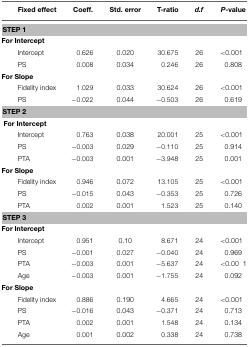
<table><thead><tr><td><b>Fixed effect</b></td><td><b>Coeff.</b></td><td><b>Std. error</b></td><td><b>T-ratio</b></td><td><b><i>d.f</i></b></td><td><b><i>P</i>-value</b></td></tr></thead><tbody><tr><td colspan="7"><b>STEP 1</b></td></tr><tr><td colspan="7"><b>For Intercept</b></td></tr><tr><td>Intercept</td><td>0.626</td><td>0.020</td><td>30.675</td><td>26</td><td>&lt;0.001</td></tr><tr><td>PS</td><td>0.008</td><td>0.034</td><td>0.246</td><td>26</td><td>0.808</td></tr><tr><td colspan="7"><b>For Slope</b></td></tr><tr><td>Fidelity index</td><td>1.029</td><td>0.033</td><td>30.624</td><td>26</td><td>&lt;0.001</td></tr><tr><td>PS</td><td>−0.022</td><td>0.044</td><td>−0.503</td><td>26</td><td>0.619</td></tr><tr><td colspan="7"><b>STEP 2</b></td></tr><tr><td colspan="7"><b>For Intercept</b></td></tr><tr><td>Intercept</td><td>0.763</td><td>0.038</td><td>20.001</td><td>25</td><td>&lt;0.001</td></tr><tr><td>PS</td><td>−0.003</td><td>0.029</td><td>−0.110</td><td>25</td><td>0.914</td></tr><tr><td>PTA</td><td>−0.003</td><td>0.001</td><td>−3.948</td><td>25</td><td>0.001</td></tr><tr><td colspan="7"><b>For Slope</b></td></tr><tr><td>Fidelity index</td><td>0.946</td><td>0.072</td><td>13.105</td><td>25</td><td>&lt;0.001</td></tr><tr><td>PS</td><td>−0.015</td><td>0.043</td><td>−0.353</td><td>25</td><td>0.726</td></tr><tr><td>PTA</td><td>0.002</td><td>0.001</td><td>1.523</td><td>25</td><td>0.140</td></tr><tr><td colspan="7"><b>STEP 3</b></td></tr><tr><td colspan="7"><b>For Intercept</b></td></tr><tr><td>Intercept</td><td>0.951</td><td>0.10</td><td>8.671</td><td>24</td><td>&lt;0.001</td></tr><tr><td>PS</td><td>−0.001</td><td>0.027</td><td>−0.040</td><td>24</td><td>0.969</td></tr><tr><td>PTA</td><td>−0.003</td><td>0.001</td><td>−5.637</td><td>24</td><td>&lt;0.001</td></tr><tr><td>Age</td><td>−0.003</td><td>0.001</td><td>−1.755</td><td>24</td><td>0.092</td></tr><tr><td colspan="7"><b>For Slope</b></td></tr><tr><td>Fidelity index</td><td>0.886</td><td>0.190</td><td>4.665</td><td>24</td><td>&lt;0.001</td></tr><tr><td>PS</td><td>−0.016</td><td>0.043</td><td>−0.371</td><td>24</td><td>0.713</td></tr><tr><td>PTA</td><td>0.002</td><td>0.001</td><td>1.548</td><td>24</td><td>0.134</td></tr><tr><td>Age</td><td>0.001</td><td>0.002</td><td>0.338</td><td>24</td><td>0.738</td></tr></tbody></table>